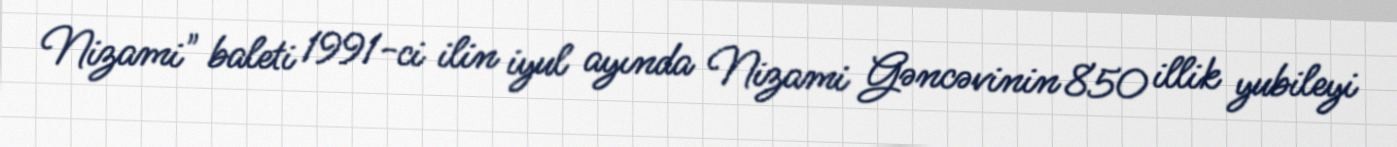
Nizami" baleti 1991-ci ilin iyul ayında Nizami Gəncəvinin 850 illik yubileyi